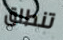
تنطلق